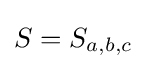
S=S_{a,b,c}